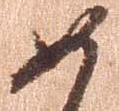
如